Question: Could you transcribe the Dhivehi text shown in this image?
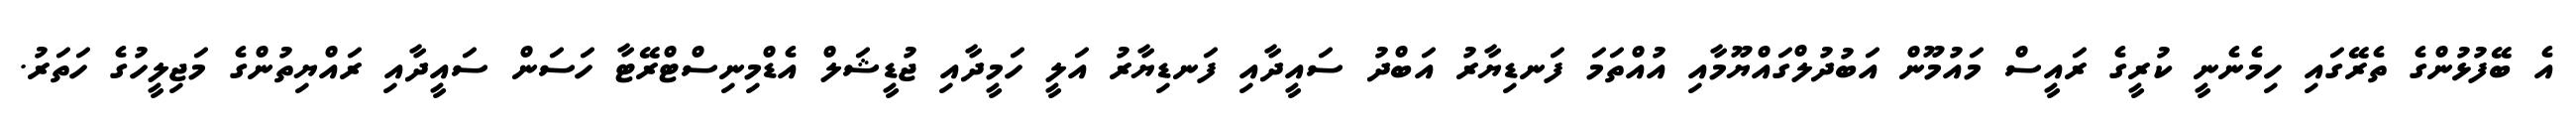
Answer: އެ ބޭފުޅުންގެ ތެރޭގައި ހިމެނެނީ ކުރީގެ ރައީސް މައުމޫން އަބުދުލްގައްޔޫމާއި އުއްތަމަ ފަނޑިޔާރު އަބްދު ސައީދާއި ފަނޑިޔާރު އަލީ ހަމީދާއި ޖުޑީޝަލް އެޑްމިނިސްޓްރޭޓާ ހަސަން ސައީދާއި ރައްޔިތުންގެ މަޖިލީހުގެ ހަތަރު.